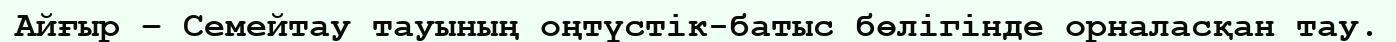
Айғыр – Семейтау тауының оңтүстік-батыс бөлігінде орналасқан тау.